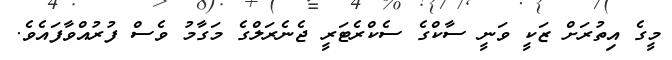
މީގެ އިތުރަށް ޒަކީ ވަނީ ސާކްގެ ސެކްރެޓަރީ ޖެނެރަލްގެ މަގާމު ވެސް ފުރުއްވާފައެވެ.